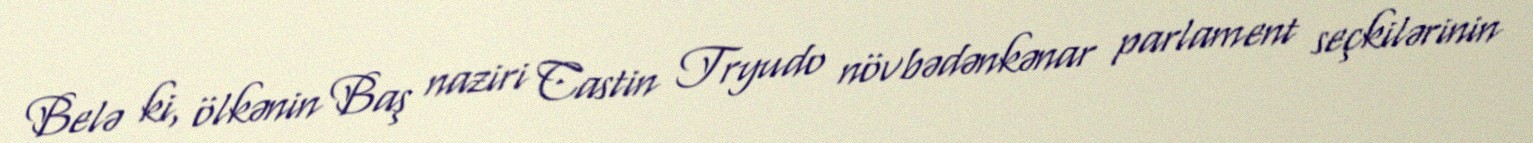
Belə ki, ölkənin Baş naziri Castin Tryudo növbədənkənar parlament seçkilərinin